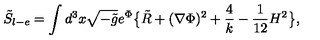
{ \tilde { S } } _ { l - e } = \int d ^ { 3 } x \sqrt { - { \tilde { g } } } e ^ { \Phi } \big \{ { \tilde { R } } + ( \nabla \Phi ) ^ { 2 } + { \frac { 4 } { k } } - { \frac { 1 } { 1 2 } } H ^ { 2 } \big \} ,